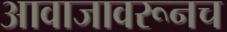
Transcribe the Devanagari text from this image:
आवाजावरूनच